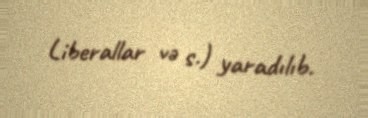
Liberallar və s.) yaradılıb.